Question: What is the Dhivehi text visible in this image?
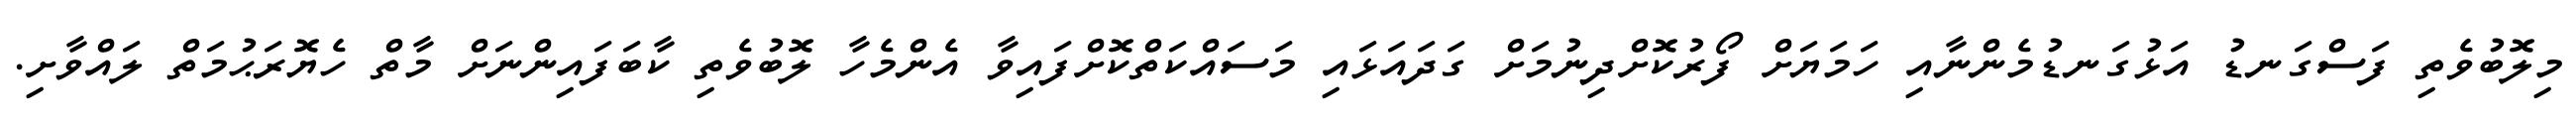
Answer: މިލޮބުވެތި ފަސްގަނޑު އަޅުގަނޑުމެންނާއި ހަމަޔަށް ފޯރުކޮށްދިނުމަށް ގަދައަޅައި މަސައްކަތްކޮށްފައިވާ އެންމެހާ ލޮބުވެތި ކާބަފައިންނަށް މާތް ހެޔޮރަޙުމަތް ލައްވާށި.